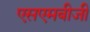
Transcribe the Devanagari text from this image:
एसएमबीजी